Statistical return of the lunatic asylum in Assam - 1912-1932
Year: 1912
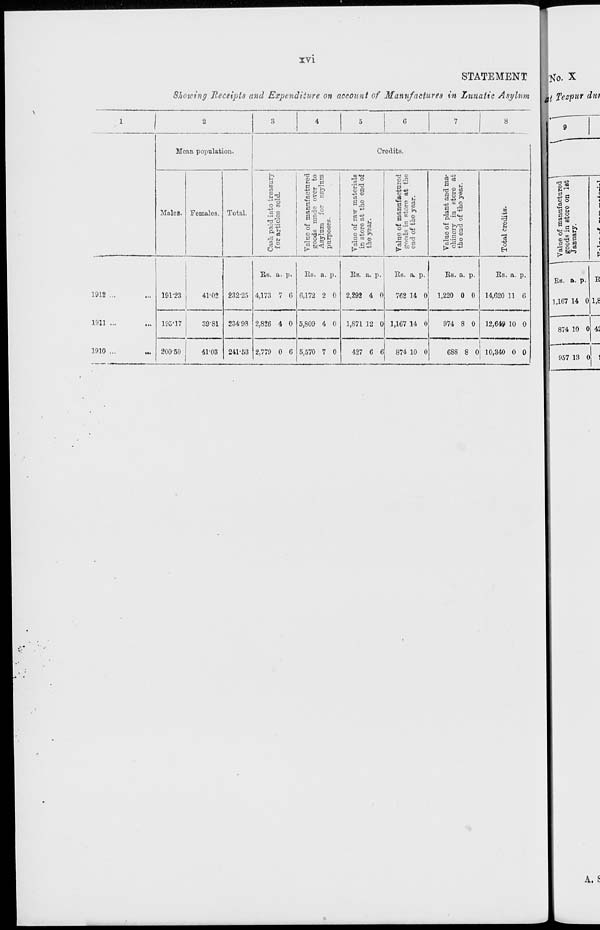
s
CO
CO
1
I- 1
»-»
1 o
1—«
to
:
:
-
»-•
1
:
t
to
l-l
Hi
g
©
co
CO
©
C'l
•—
&
or
hO
ra
o
•<J
CO
p
a
p
*i
a
o
*J
!»■
CO
*■
B
o
to
©
to
CO
©
0
CO
f
to
m
to
t*
to
HI
O
#-
CO
CO
o
1—'
*.
bO
c+-
w
CO
to
&
CO
CO
or
to
CO
*-
vr
CO
(-•
w
—i
t-o
•3
CO
oa
CO
p
Cash paid into treasury
CO
o
ti>
~3
s?
for articles sold.
©
©
©
•d
Or
tit
OS
CO
©
£J
H
Value of manufactured
O
CO
to
p
goods made over to
*»
~3
*»
to
p
Asylum for asylum
purposes.
O
©
©
•
(-•
to
tf>
CO
■si
to
CO
fed
Value of raw materials
-^1
►->
to
in store at the end of
Or
©
to
US-
p
the year.
a
©
©
«e»
a
a
t-*
£J
00
H
Value of manufactured
c*-
*>■
~J
CO
■
goods in store at the
©
O
>—•
p
end of the year.
V
o
©
©
>-»
OS
CO
~3
to
to
w
Value of plant and ma-
CO
CO
£-
o
chinery in store at
•si
C0
e
£3
the end of the year.
CO
©
©
tJ
1
©
1—>
»-■
h-»
©
tO
ris>
CO
o»
©
to
©
m
Total credits.
cc
©
©
1—'
p
©
©
©
«
53 •Sx
ct»
I
s
*
-t
Co
N
-Co
H
>
52}
CO
©
1 ~
CO
©
w
IB
©
P
©
©
«v
OO
w
Value of manufactured
goods in Btore on 1st
January.
-„J-~„,„I
\.
$
■§
o
H